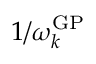
1 / \omega _ { k } ^ { \mathrm { G P } }